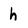
Character: h